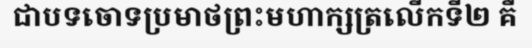
ជាបទចោទប្រមាថព្រះមហាក្សត្រលើកទី២ គឺ